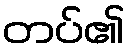
တပ်၏